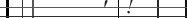
٧١